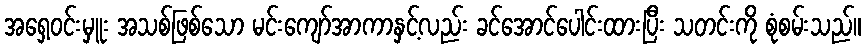
အရှေ့ဝင်းမှူး အသစ်ဖြစ်သော မင်းကျော်အာကာနှင့်လည်း ခင်အောင်ပေါင်းထားပြီး သတင်းကို စုံစမ်းသည်။